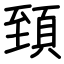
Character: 𩒐